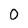
Character: 0